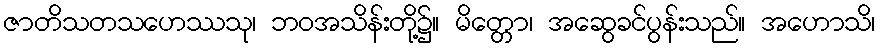
ဇာတိသတသဟေဿသု၊ ဘဝအသိန်းတို့၌။ မိတ္တော၊ အဆွေခင်ပွန်းသည်။ အဟောသိ၊